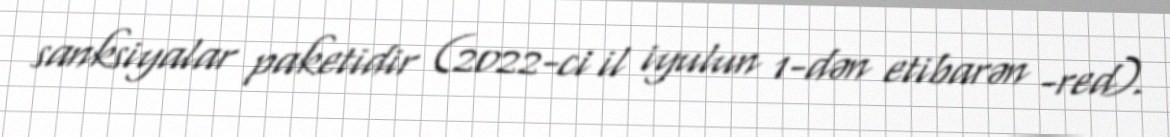
sanksiyalar paketidir (2022-ci il iyulun 1-dən etibarən -red).